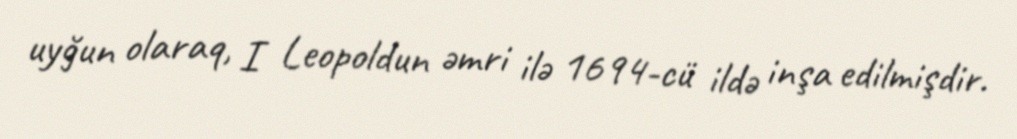
uyğun olaraq, I Leopoldun əmri ilə 1694-cü ildə inşa edilmişdir.